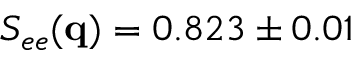
S _ { e e } ( \mathbf { q } ) = 0 . 8 2 3 \pm 0 . 0 1